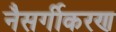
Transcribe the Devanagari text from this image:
नैसर्गीकरण